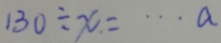
1 3 0 \div x = \cdots a